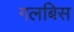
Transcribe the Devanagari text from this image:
गलबिस